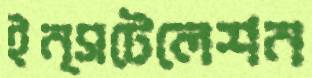
ইন্সটেলেশন